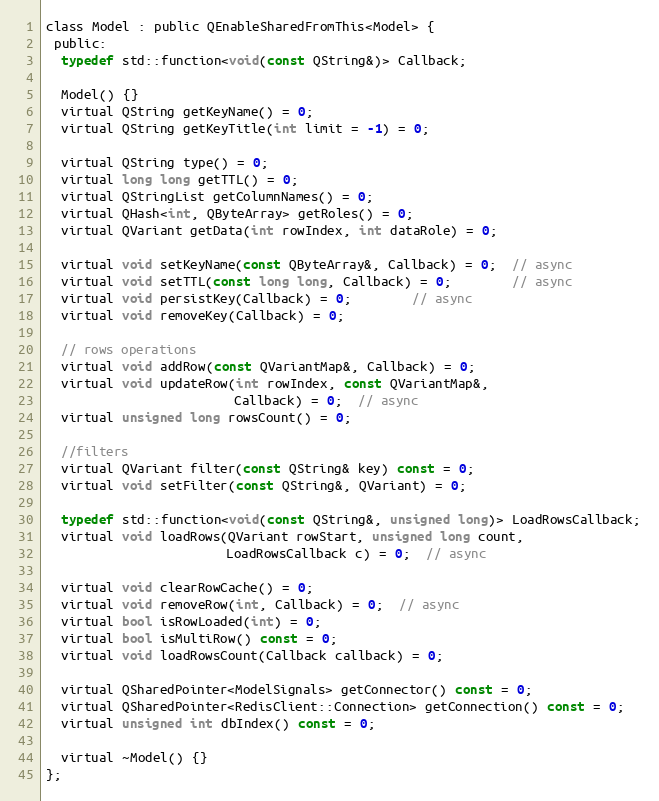
Language: C
class Model : public QEnableSharedFromThis<Model> {
 public:
  typedef std::function<void(const QString&)> Callback;

  Model() {}
  virtual QString getKeyName() = 0;
  virtual QString getKeyTitle(int limit = -1) = 0;

  virtual QString type() = 0;
  virtual long long getTTL() = 0;
  virtual QStringList getColumnNames() = 0;
  virtual QHash<int, QByteArray> getRoles() = 0;
  virtual QVariant getData(int rowIndex, int dataRole) = 0;

  virtual void setKeyName(const QByteArray&, Callback) = 0;  // async
  virtual void setTTL(const long long, Callback) = 0;        // async
  virtual void persistKey(Callback) = 0;        // async
  virtual void removeKey(Callback) = 0;

  // rows operations
  virtual void addRow(const QVariantMap&, Callback) = 0;
  virtual void updateRow(int rowIndex, const QVariantMap&,
                         Callback) = 0;  // async
  virtual unsigned long rowsCount() = 0;

  //filters
  virtual QVariant filter(const QString& key) const = 0;
  virtual void setFilter(const QString&, QVariant) = 0;

  typedef std::function<void(const QString&, unsigned long)> LoadRowsCallback;
  virtual void loadRows(QVariant rowStart, unsigned long count,
                        LoadRowsCallback c) = 0;  // async

  virtual void clearRowCache() = 0;
  virtual void removeRow(int, Callback) = 0;  // async
  virtual bool isRowLoaded(int) = 0;
  virtual bool isMultiRow() const = 0;
  virtual void loadRowsCount(Callback callback) = 0;

  virtual QSharedPointer<ModelSignals> getConnector() const = 0;
  virtual QSharedPointer<RedisClient::Connection> getConnection() const = 0;
  virtual unsigned int dbIndex() const = 0;

  virtual ~Model() {}
};